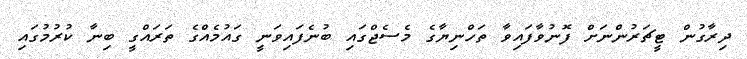
ދިރާގުން ޓީޗަރުންނަށް ފޮނުވާފައިވާ ތަހްނިޔާގެ މެސެޖްގައި ބުނެފައިވަނީ ގައުމެއްގެ ތަރައްގީ ބިނާ ކުރުމުގައި